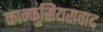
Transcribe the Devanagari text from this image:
कान्फुसियसवाद